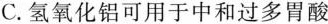
C.氢氧化铝可用于中和过多胃酸